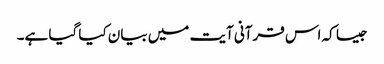
جیسا کہ اس قرآنی آیت میں بیان کیا گیا ہے۔